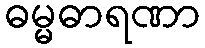
ဓမ္မဓာရဏာ